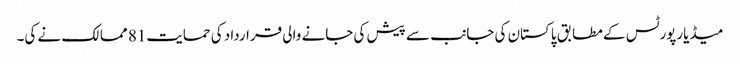
میڈیارپورٹس کے مطابق پاکستان کی جانب سے پیش کی جانے والی قرارداد کی حمایت81 ممالک نے کی۔